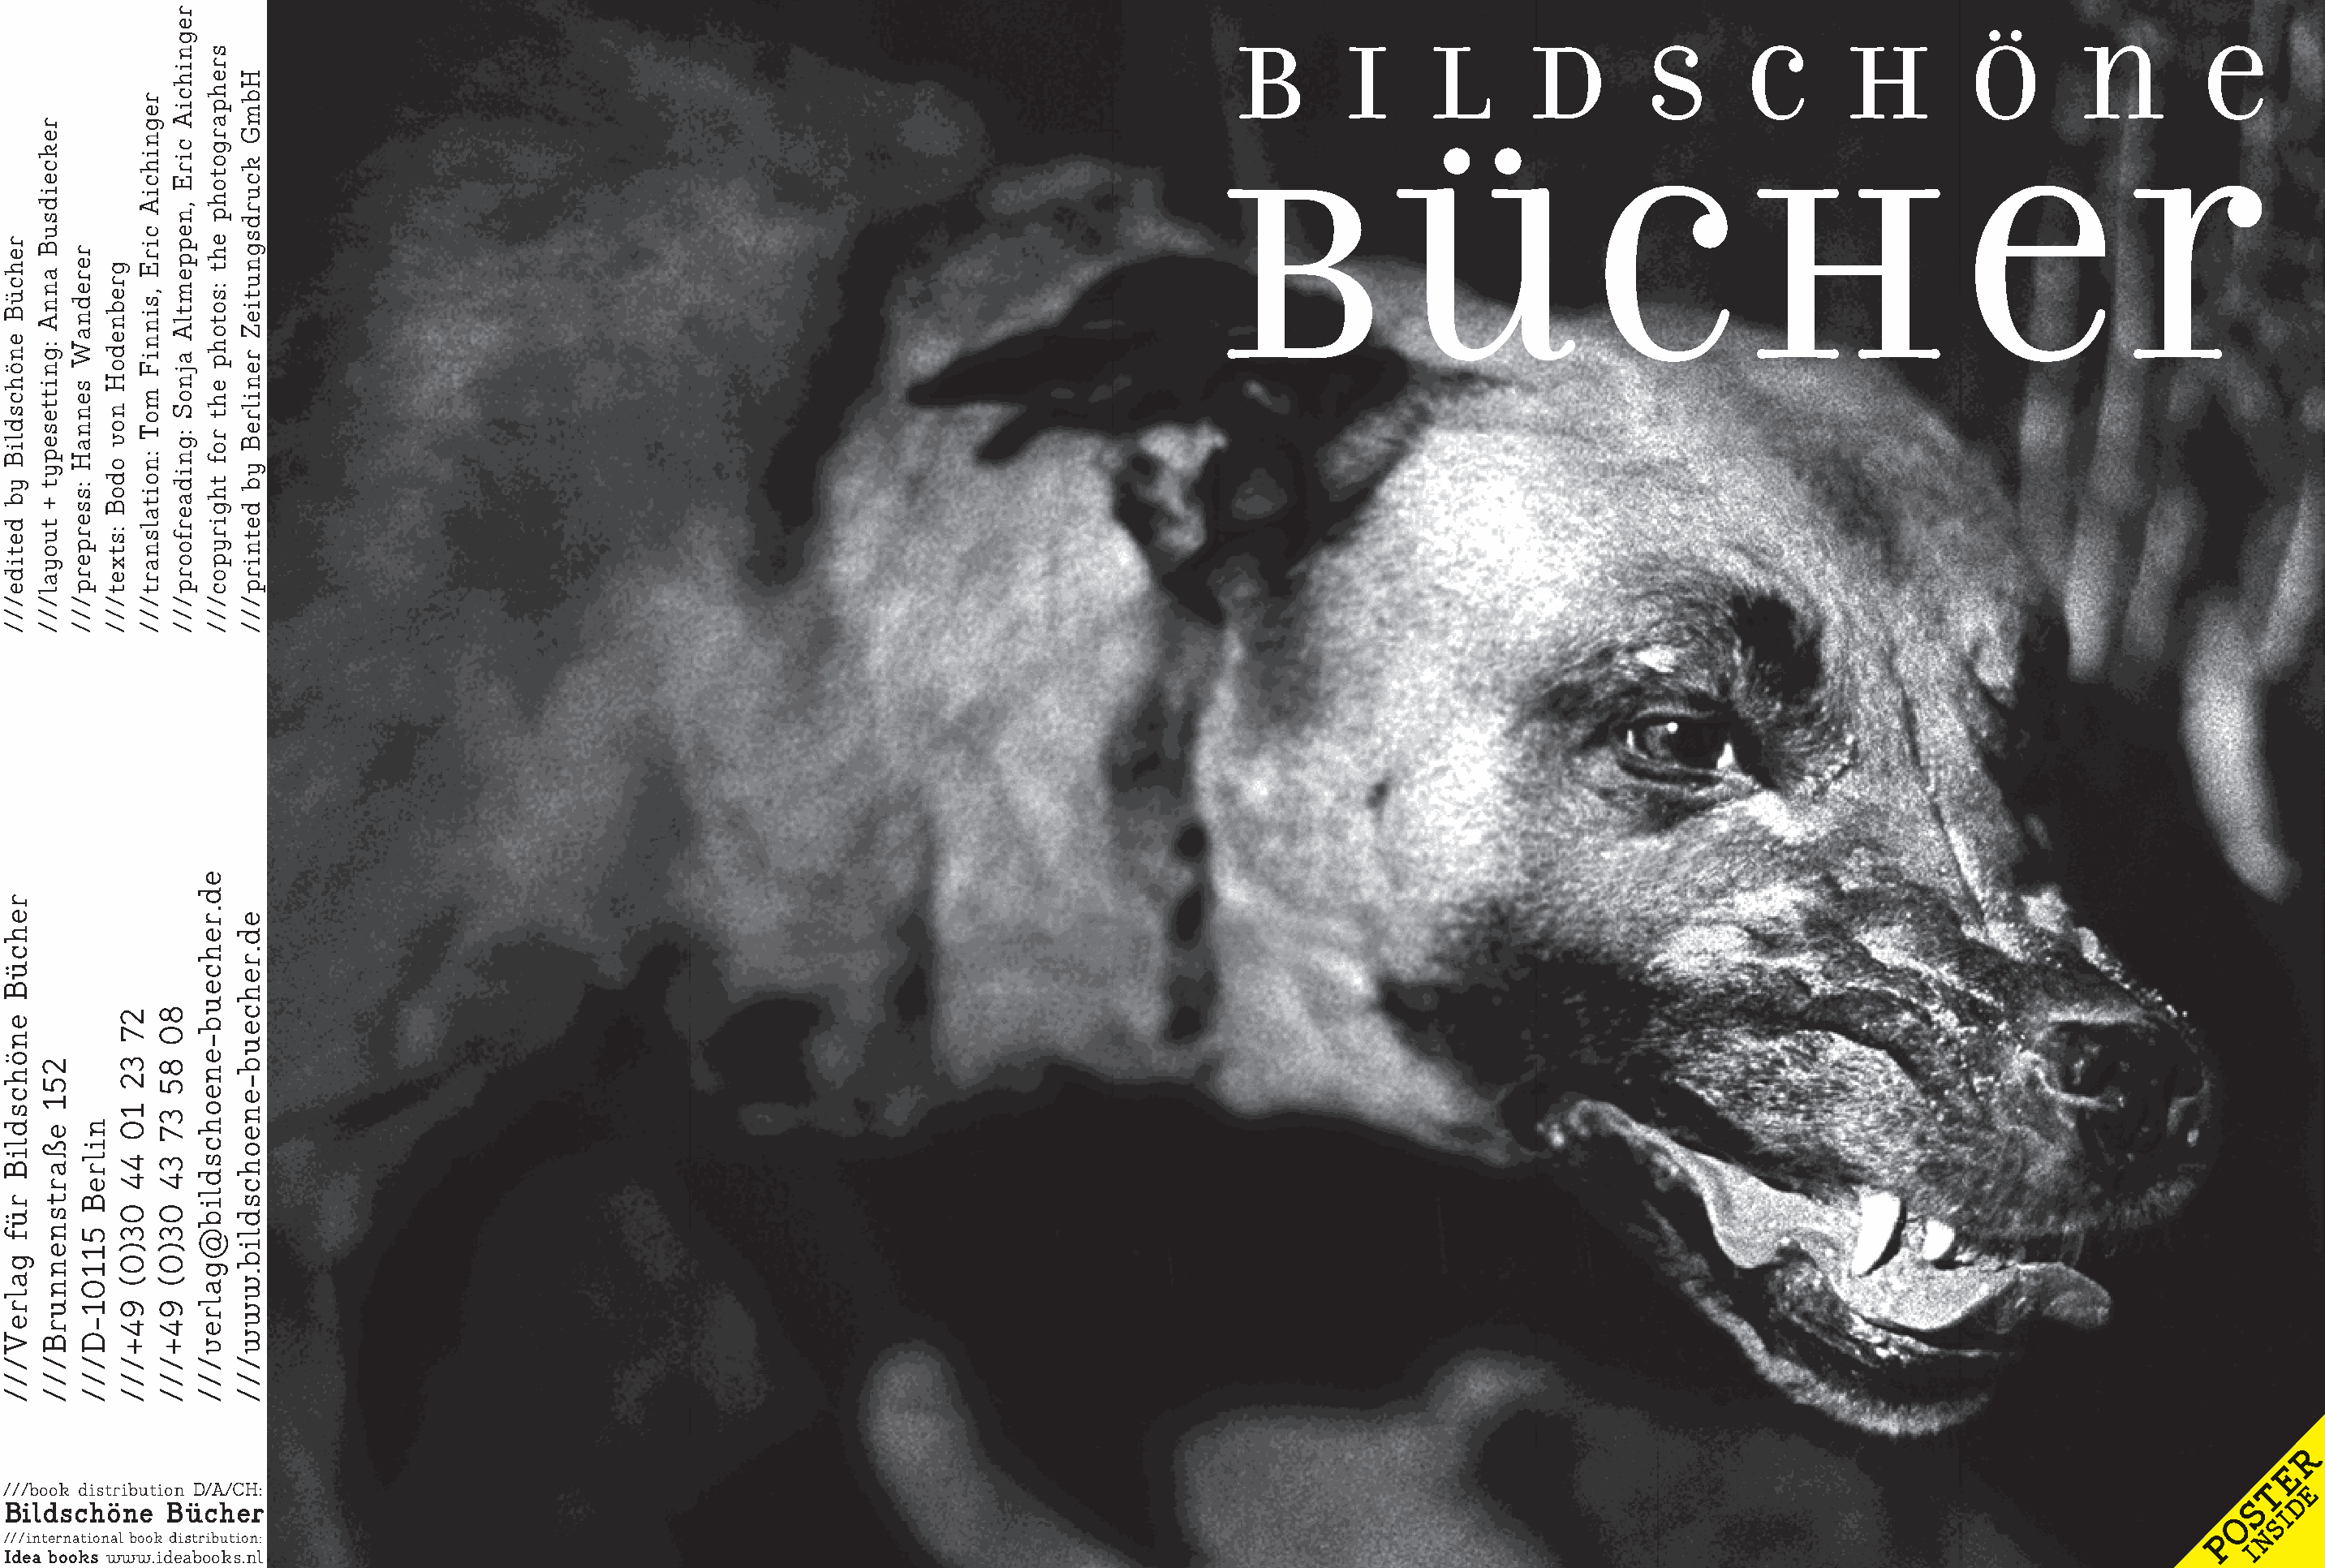
R
 E
 ///book distribution D/A/CH:                                                                                                                                                             T  E
 Bildschöne   Bücher                                                                                                                                                                    S   D
 O  SI
 ///international book distribution:                                                                                                                                                  P  N
 I
 Idea books www.ideabooks.nl
 rehcüB
 enöhcsdliB
 yb
 detide///
 rehcüB
 enöhcsdliB
 rüf
 galreV///
 rekceidsuB
 annA
 :gnittesepyt
 +
 tuoyal///
 251
 eßartsnennurB///
 rerednaW
 sennaH
 :sserperp///
 nilreB
 51101-D///
 grebnedoH
 nov
 odoB
 :stxet///
 27
 32
 10
 44
 03)0(
 94+///
 regnihciA
 cirE
 ,sinniF
 moT
 :noitalsnart///
 80
 85
 37
 34
 03)0(
 94+///
 regnihciA
 cirE
 ,neppemtlA
 ajnoS
 :gnidaerfoorp///
 ed.rehceub-eneohcsdlib@galrev///
 srehpargotohp
 eht
 :sotohp
 eht
 rof
 thgirypoc///
 HbmG
 kcurdsgnutieZ
 renilreB
 yb
 detnirp///
 ed.rehceub-eneohcsdlib.www///